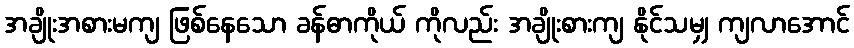
အချိုးအစားမကျ ဖြစ်နေသော ခန်ဓာကိုယ် ကိုလည်း အချိုးစားကျ နိုင်သမျှ ကျလာအောင်